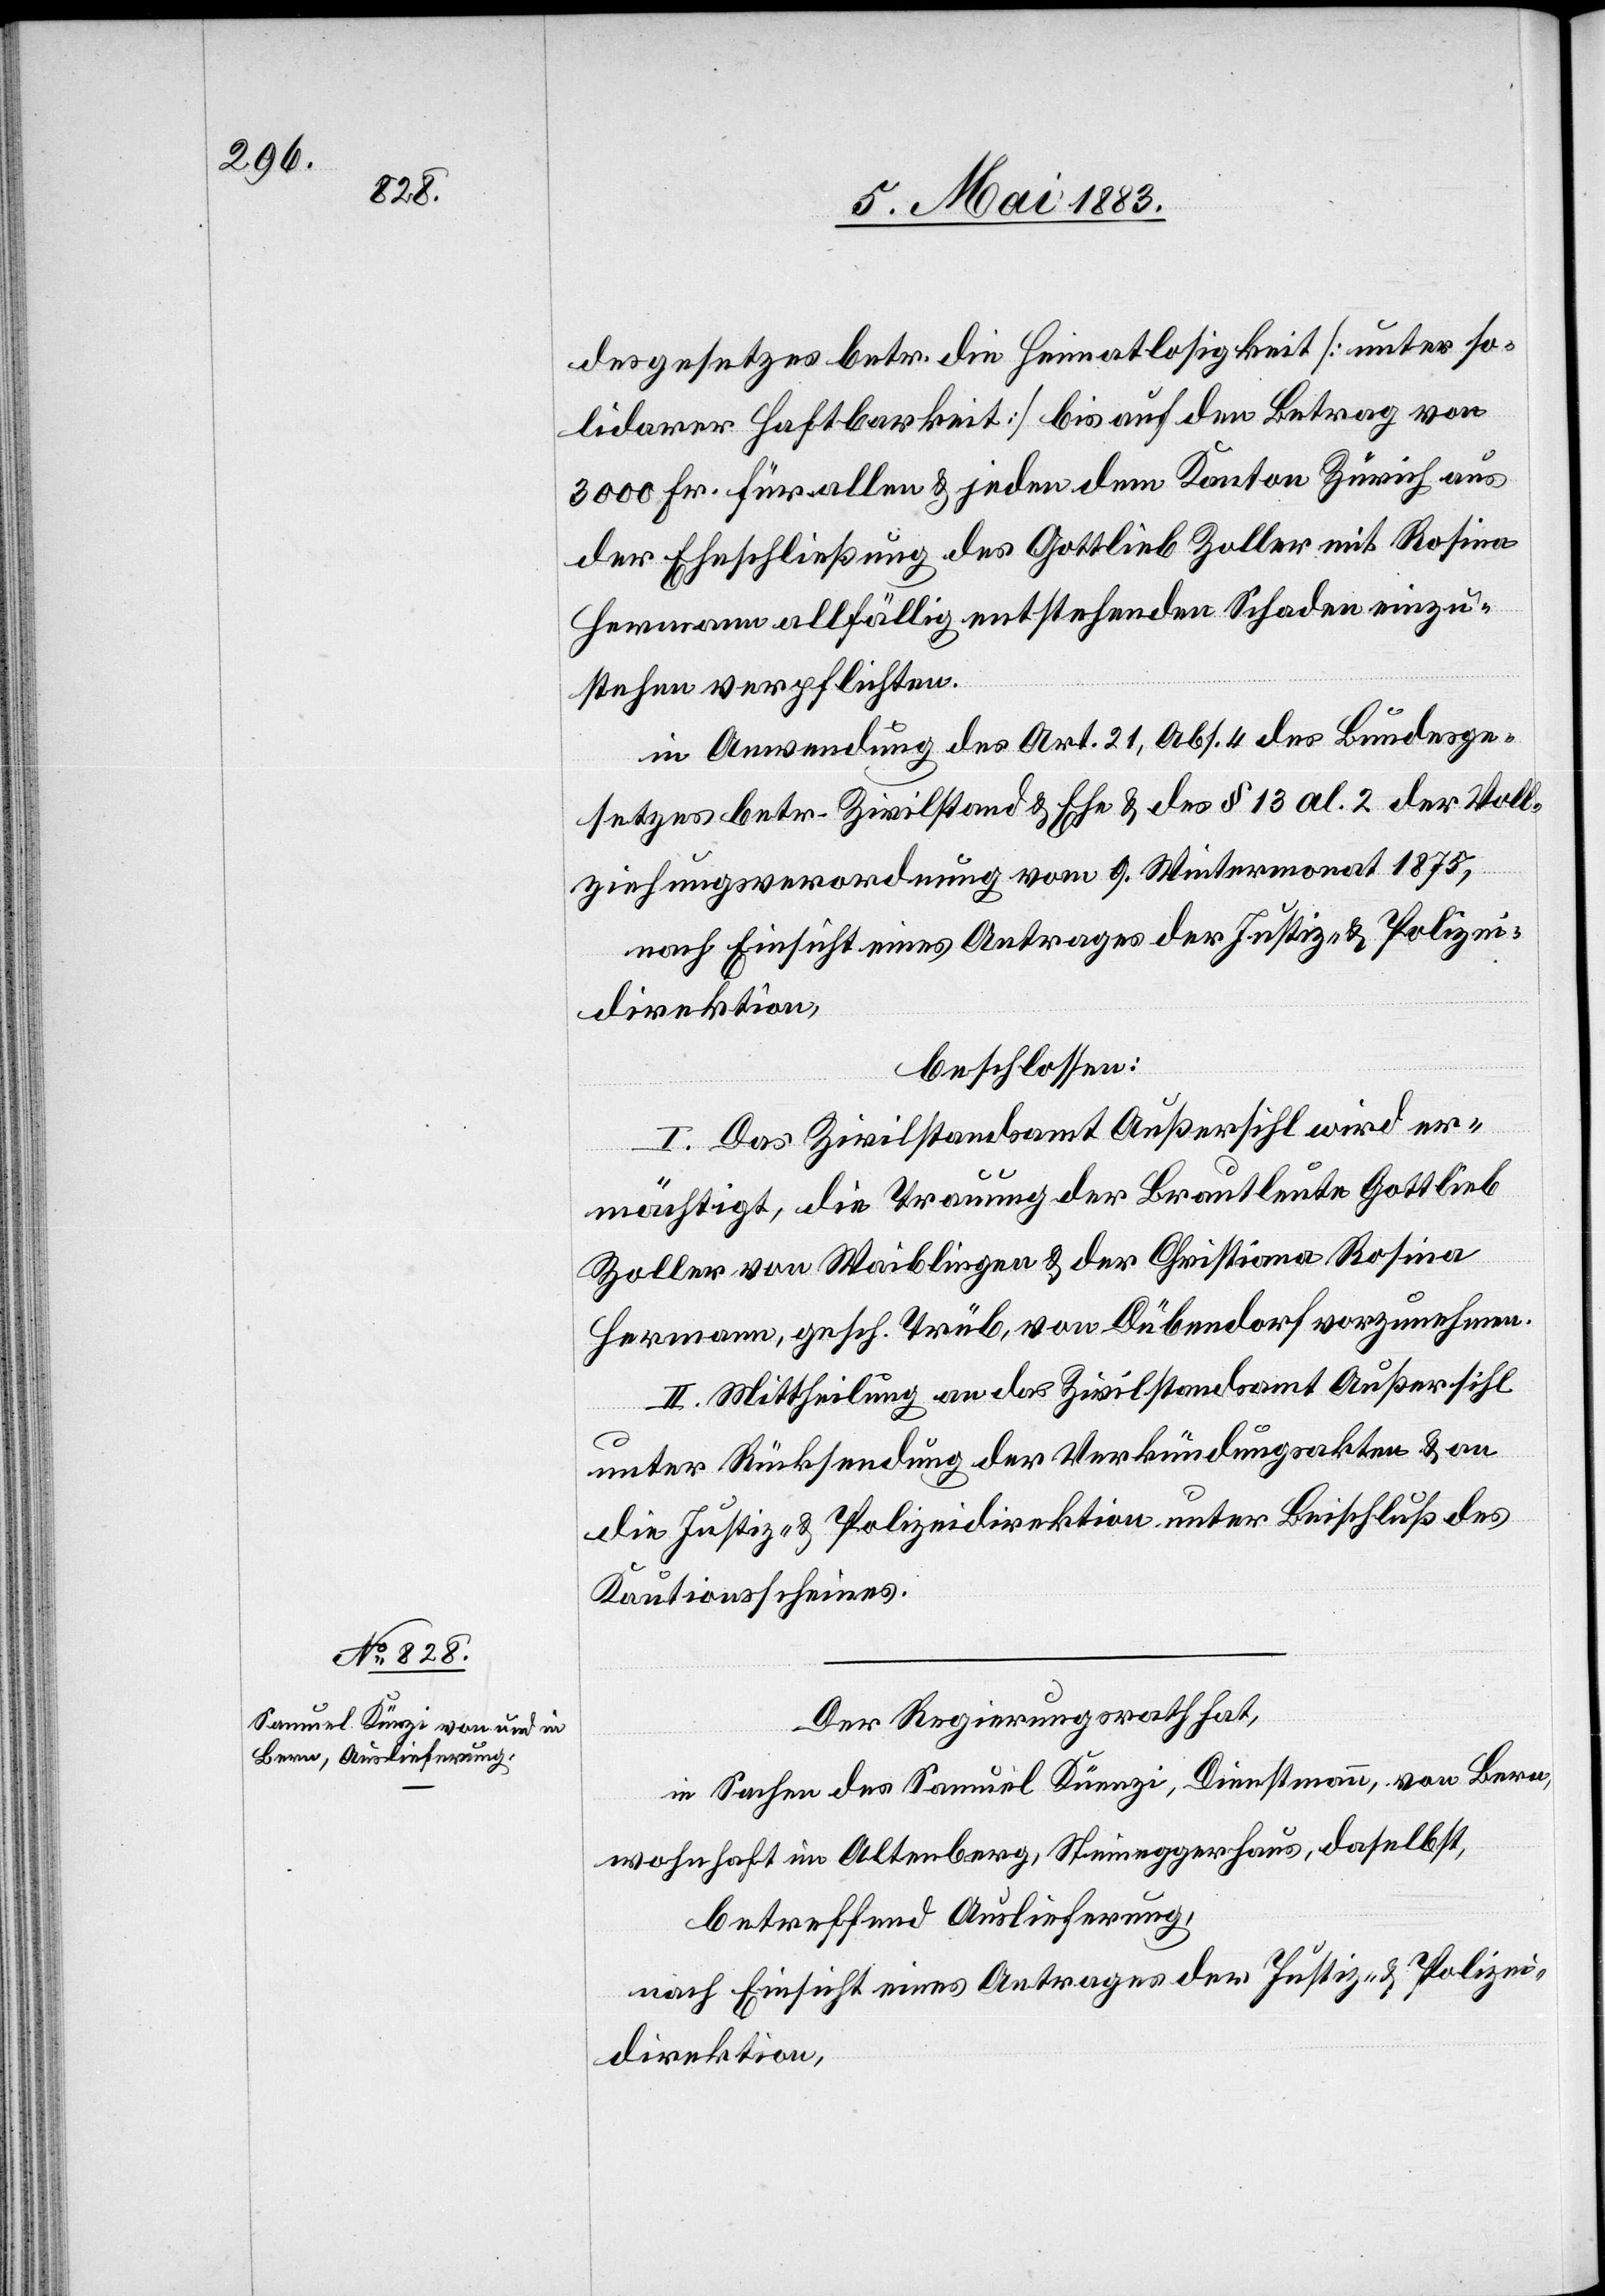
desgesetzes betr. die Heimatlosigkeit [unter so¬
lidarer Haftbarkeit] bis auf den Betrag von
3000 Fr. für allen & jeden dem Kanton Zürich aus
der Eheschließung des Gottlieb Zoller mit Rosina
Hermann allfällig entstehenden Schaden einzu¬
stehen verpflichten.
In Anwendung des Art. 21, Abs. 4 des Bundesge¬
setzes betr. Zivilstand & Ehe & des § 13 al. 2 der Voll¬
ziehungsverordnung vom 9. Wintermonat 1875,
nach Einsicht eines Antrages der Justiz- & Polizei¬
direktion,
beschlossen:
I. Das Zivilstandsamt Außersihl wird er¬
mächtigt, die Trauung der Brautleute Gottlieb
Zoller von Waiblingen & der Christiana Rosina
Hermann, gesch. Trüb, von Dübendorf vorzunehmen.
II. Mittheilung an das Zivilstandsamt Außersihl
unter Rücksendung der Verkündungsakten & an
die Justiz- & Polizeidirektion unter Beschluß des
Kautionsscheines.
Der Regierungsrath hat,
in Sachen des Samuel Künzi, Dienstmann, von Bern,
wohnhaft in Altenberg, Steineggerhaus, daselbst,
betreffend Auslieferung,
nach Einsicht eines Antrages der Justiz- & Polizei¬
direktion,